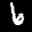
Label: 6